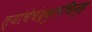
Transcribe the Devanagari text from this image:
त्यांचेचंद्रकुलचिन्ह